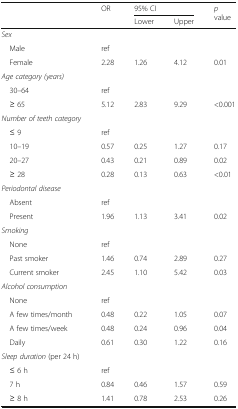
| <ROWSPAN=2>  | <ROWSPAN=2> OR | <COLSPAN=2> 95% CI | <ROWSPAN=2> p value |
 | Lower | Upper |
 | --- | --- | --- | --- | --- |
 | <COLSPAN=5> Sex |
 | Male | ref |  |  |  |
 | Female | 2.28 | 1.26 | 4.12 | 0.01 |
 | <COLSPAN=5> Age category (years) |
 | 30–64 | ref |  |  |  |
 | ≥ 65 | 5.12 | 2.83 | 9.29 | <0.001 |
 | Number of teeth category |  |  |  |  |
 | ≤ 9 | ref |  |  |  |
 | 10–19 | 0.57 | 0.25 | 1.27 | 0.17 |
 | 20–27 | 0.43 | 0.21 | 0.89 | 0.02 |
 | ≥ 28 | 0.28 | 0.13 | 0.63 | <0.01 |
 | <COLSPAN=5> Periodontal disease |
 | Absent | ref |  |  |  |
 | Present | 1.96 | 1.13 | 3.41 | 0.02 |
 | <COLSPAN=5> Smoking |
 | None | ref |  |  |  |
 | Past smoker | 1.46 | 0.74 | 2.89 | 0.27 |
 | Current smoker | 2.45 | 1.10 | 5.42 | 0.03 |
 | <COLSPAN=5> Alcohol consumption |
 | None | ref |  |  |  |
 | A few times/month | 0.48 | 0.22 | 1.05 | 0.07 |
 | A few times/week | 0.48 | 0.24 | 0.96 | 0.04 |
 | Daily | 0.61 | 0.30 | 1.22 | 0.16 |
 | <COLSPAN=5> Sleep duration (per 24 h) |
 | ≤ 6 h | ref |  |  |  |
 | 7 h | 0.84 | 0.46 | 1.57 | 0.59 |
 | ≥ 8 h | 1.41 | 0.78 | 2.53 | 0.26 |